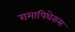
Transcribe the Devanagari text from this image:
रामापिथेकस